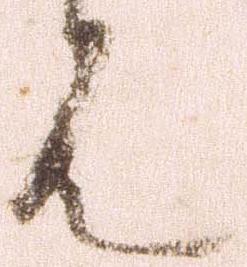
者